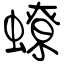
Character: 蟟